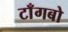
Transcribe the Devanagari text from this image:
टाँगबो